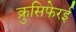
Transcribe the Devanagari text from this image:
क्रुसिफेरई